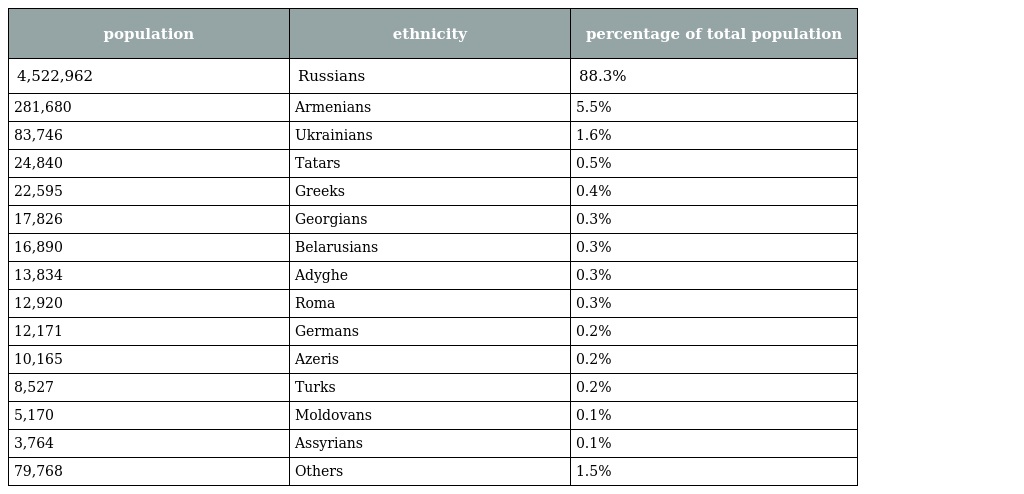
| population | ethnicity | percentage of total population |
 | --- | --- | --- |
 | 4,522,962 | Russians | 88.3% |
 | 281,680 | Armenians | 5.5% |
 | 83,746 | Ukrainians | 1.6% |
 | 24,840 | Tatars | 0.5% |
 | 22,595 | Greeks | 0.4% |
 | 17,826 | Georgians | 0.3% |
 | 16,890 | Belarusians | 0.3% |
 | 13,834 | Adyghe | 0.3% |
 | 12,920 | Roma | 0.3% |
 | 12,171 | Germans | 0.2% |
 | 10,165 | Azeris | 0.2% |
 | 8,527 | Turks | 0.2% |
 | 5,170 | Moldovans | 0.1% |
 | 3,764 | Assyrians | 0.1% |
 | 79,768 | Others | 1.5% |